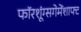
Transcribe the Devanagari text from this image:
फॉरशूंग्सगेमेंशाफ्ट